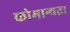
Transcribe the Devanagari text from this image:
कोमान्यता